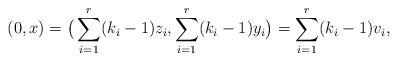
LaTeX: \begin{align*} (0, x) = \big(\sum_{i=1}^r (k_i -1) z_i, \sum_{i=1}^r (k_i -1) y_i \big) = \sum_{i=1}^r (k_i - 1) v_i, \end{align*}